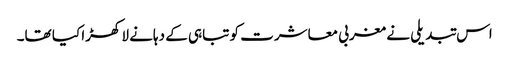
اس تبدیلی نے مغربی معاشرت کو تباہی کے دہانے لا کھڑا کیا تھا۔